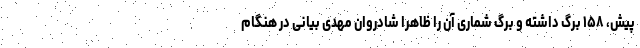
پیش، ۱۵۸ برگ داشته و برگ شماری آن را ظاهرا شادروان مهدی بیانی در هنگام